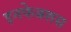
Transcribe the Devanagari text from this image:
इनफेक्शस